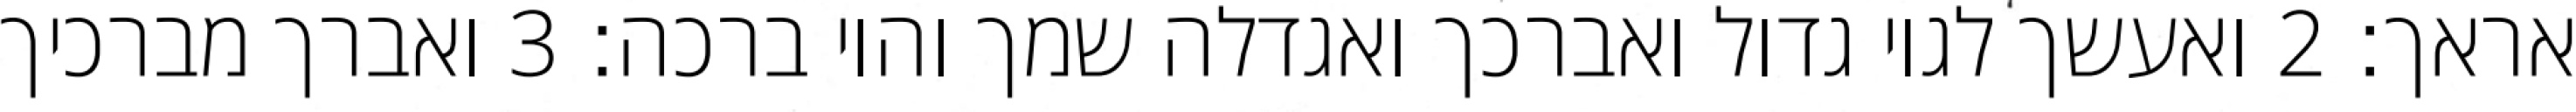
אראך׃ ‎2‏ ואעשך לגוי גדול ואברכך ואגדלה שמך והוי ברכה׃ ‎3‏ ואברך מברכיך